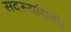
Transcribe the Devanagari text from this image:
सदस्यांसमोर